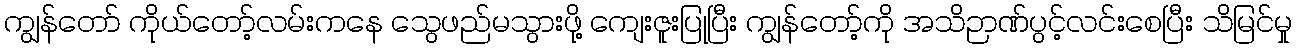
ကျွန်တော် ကိုယ်တော့်လမ်းကနေ သွေဖည်မသွားဖို့ ကျေးဇူးပြုပြီး ကျွန်တော့်ကို အသိဉာဏ်ပွင့်လင်းစေပြီး သိမြင်မှု